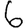
Digit: 6